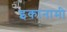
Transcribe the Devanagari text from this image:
इकानामी